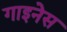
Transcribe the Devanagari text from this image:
गाइनेस